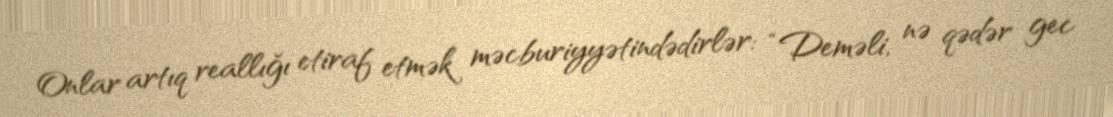
Onlar artıq reallığı etiraf etmək məcburiyyətindədirlər: “Deməli, nə qədər gec